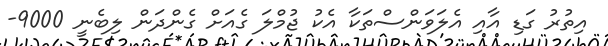
އިތުރު ގަޑި އާއި އެލަވަންސްތަކާ އެކު ޖުމްލަ ގެއަށް ގެންދަން ލިބެނީ 9000-